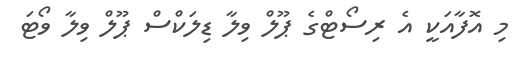
މި އޮފާއަކީ އެ ރިސޯޓްގެ ޕޫލް ވިލާ ޑިލަކްސް ޕޫލް ވިލާ ވޯޓަ